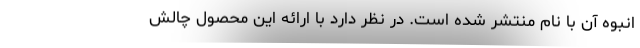
انبوه آن با نام منتشر شده است. در نظر دارد با ارائه این محصول چالش